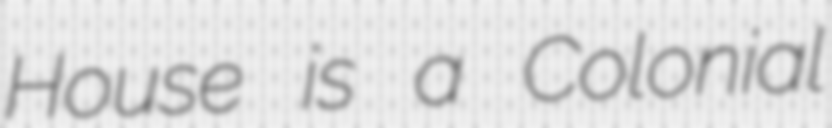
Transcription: House is a Colonial